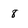
Character: 8